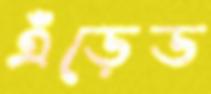
এঁড়েড